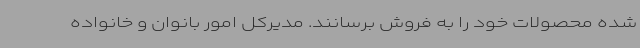
شده محصولات خود را به فروش برسانند. مدیرکل امور بانوان و خانواده